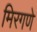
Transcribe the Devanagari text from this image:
मिरगणे